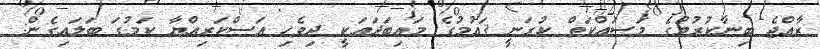
ރާއްޖެ ބިނާކުރުމުގެ މަސައްކަތް ކުރަނީ ޤައުމުގެ މައިބަދައަކީ ދިވެހި ޢަސްކަރިއްޔާ ކަމުގަ ބަލައިގެން: